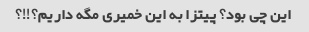
این چی بود؟ پیتزا به این خمیری مگه داریم؟!!؟